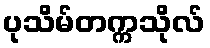
ပုသိမ်တက္ကသိုလ်